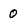
Character: 0